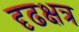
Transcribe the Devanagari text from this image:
दृढक्षत्र